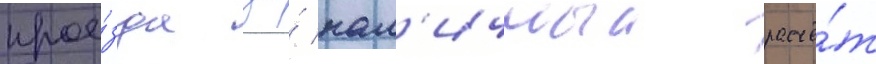
прое́зда за́ нал'ичныи расчё́т